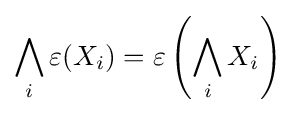
\bigwedge _{i}\varepsilon (X_{i})=\varepsilon \left(\bigwedge _{i}X_{i}\right)